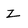
Character: z